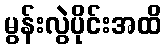
မွန်းလွဲပိုင်းအထိ